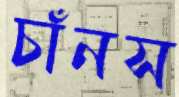
চাঁনস